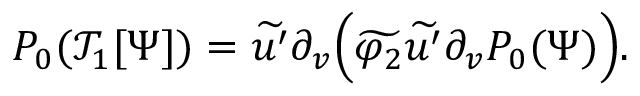
\begin{array} { r } { P _ { 0 } ( \mathcal { T } _ { 1 } [ \Psi ] ) = \widetilde { u ^ { \prime } } \partial _ { v } \Big ( \widetilde { \varphi _ { 2 } } \widetilde { u ^ { \prime } } \partial _ { v } P _ { 0 } ( \Psi ) \Big ) . } \end{array}